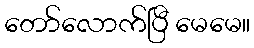
တော်လောက်ပြီ မေမေ။